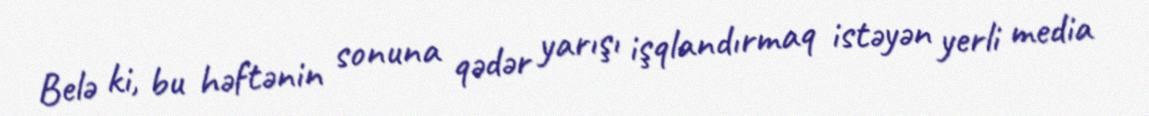
Belə ki, bu həftənin sonuna qədər yarışı işqlandırmaq istəyən yerli media